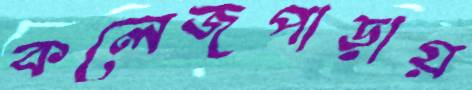
কলেজপাড়ায়